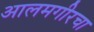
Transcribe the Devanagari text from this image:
आलमगीरचा